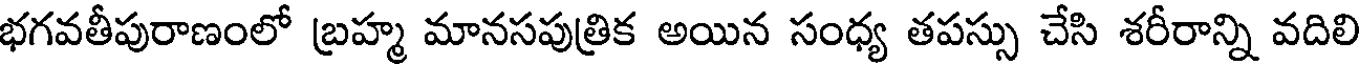
భగవతీపురాణంలో బ్రహ్మ మానసపుత్రిక అయిన సంధ్య తపస్సు చేసి శరీరాన్ని వదిలి